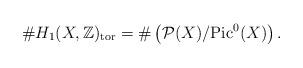
LaTeX: \begin{align*}\#H_1 (X, \mathbb{Z})_{\rm tor} =\#\left( \mathcal{P}(X) / {\rm Pic}^0(X)\right). \end{align*}